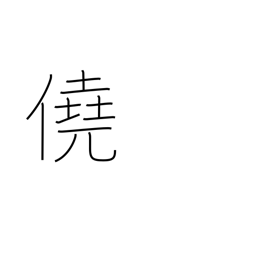
Meaning: luck